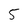
Character: 5